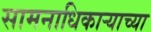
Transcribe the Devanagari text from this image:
सामनाधिकार्‍याच्या